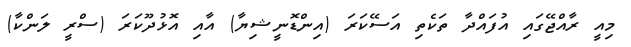
މިއީ ރާއްޖޭގައި އުފައްދާ ތަކެތި އަސޭކަރަ (އިންޑޮނީޝިޔާ) އާއި އޮޅުދޫކަރަ (ސްރީ ލަންކާ)